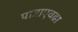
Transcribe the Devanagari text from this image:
पात्राएवढा